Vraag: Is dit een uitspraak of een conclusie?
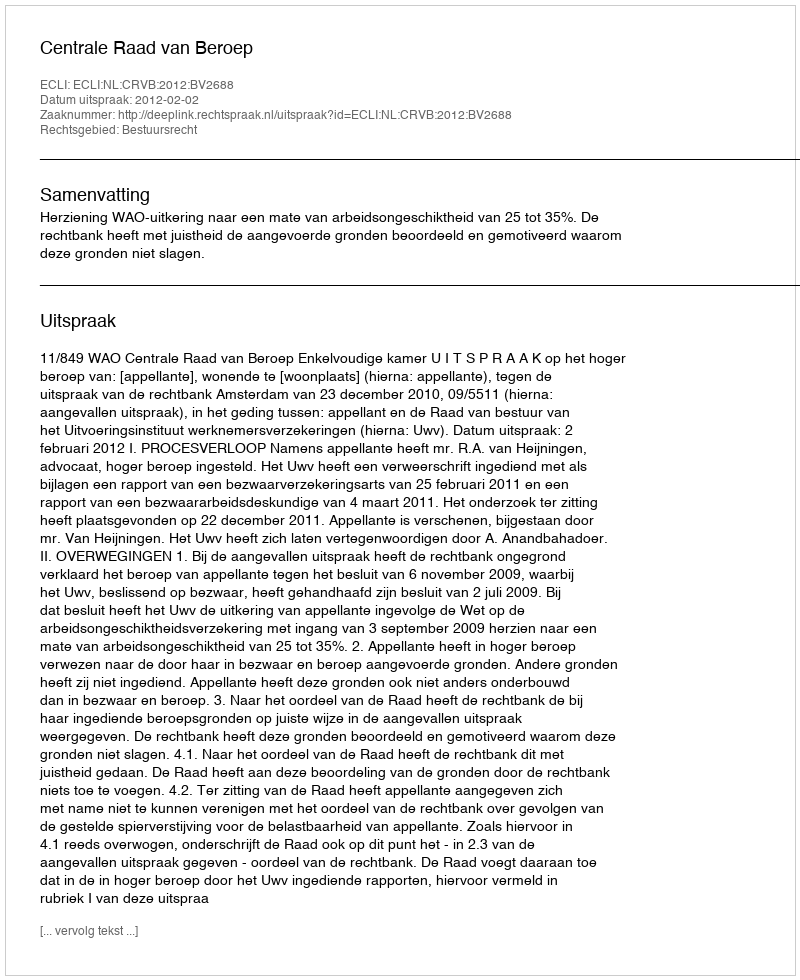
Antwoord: Uitspraak